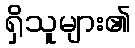
ရှိသူများ၏